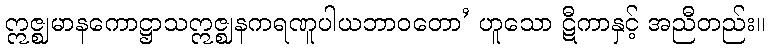
ဣဇ္ဈမာနကောဋ္ဌာသဣဇ္ဈနကရဏူပါယဘာဝတော’ ဟူသော ဋီကာနှင့် အညီတည်း။